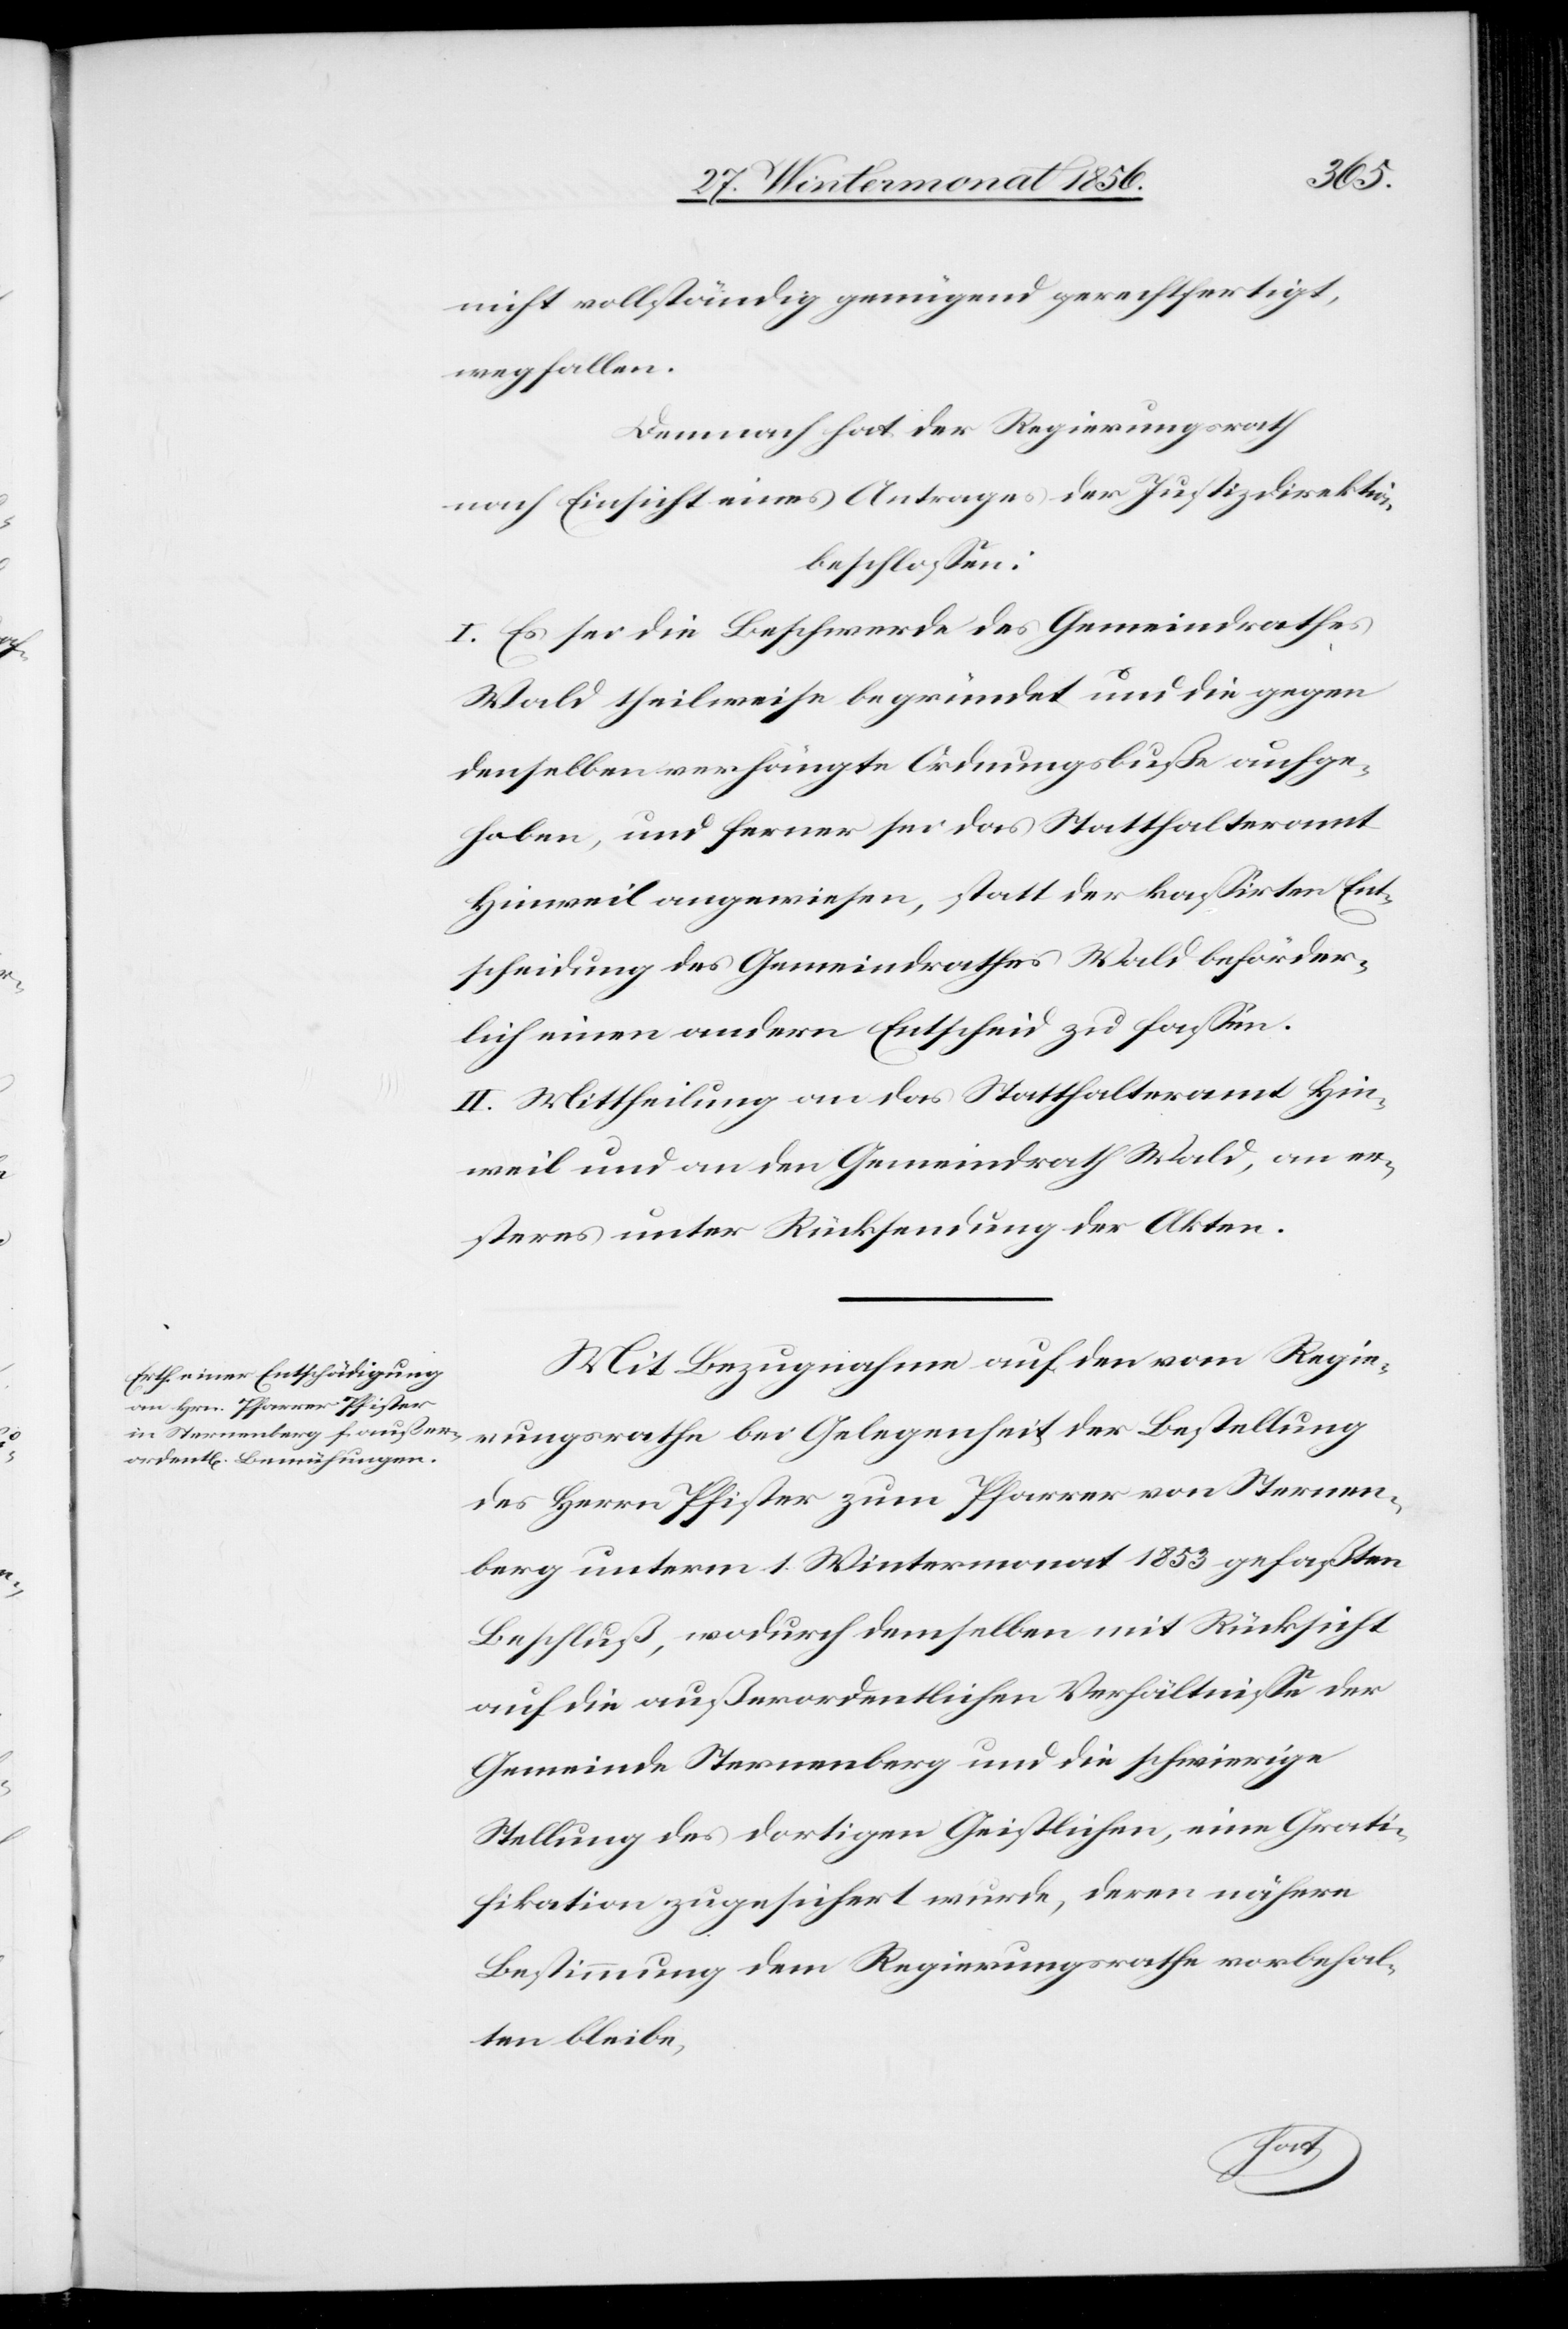
nicht vollständig genügend gerechtfertigt,
wegfallen.
Demnach hat der Regierungsrath
nach Einsicht eines Antrages der Justizdirektion
beschlossen:
I. Es sei die Beschwerde des Gemeindrathes
Wald theilweise begründet und die gegen
denselben verhängte Ordnungsbuße aufge¬
hoben, und ferner sei das Statthalteramt
Hinweil angewiesen, statt der kassirten Ent¬
scheidung des Gemeindrathes Wald beförder¬
lich einen andern Entscheid zu fassen.
II. Mittheilung an das Statthalteramt Hin¬
weil und an den Gemeindrath Wald, an er¬
steres unter Rücksendung der Akten.
Mit Bezugnahme auf den vom Regie¬
rungsrathe bei Gelegenheit der Bestellung
des Herrn Pfister zum Pfarrer von Sternen¬
berg unterm 1. Wintermonat 1853 gefaßten
Beschluß, wodurch demselben mit Rücksicht
auf die außerordentlichen Verhältnisse der
Gemeinde Sternenberg und die schwierige
Stellung des dortigen Geistlichen, eine Grati¬
fikation zugesichert wurde, deren nähere
Bestimmung dem Regierungsrathe vorbehal¬
ten bleibe,